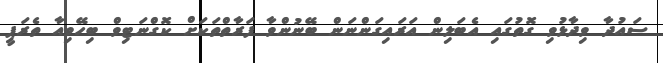
ސައުދާ ވިދާޅުވި ގޮތުގައި އެބަލިން އަރައިގަންނަން ބޭނުންވާ ފަރާތްތަކަށް ކޮގްނަޓިވް ބިހޭވިއާ ތެރަޕީ